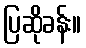
ပြဆိုခန်း။